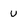
Character: U